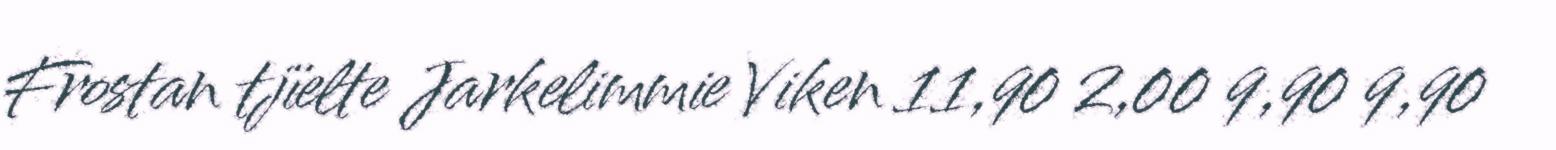
Frostan tjïelte Jarkelimmie Viken 11,90 2,00 9,90 9,90